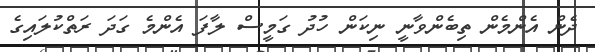
ދެން އެންމެން ތިބެންވާނީ ނިކަން ހުދު ގަމީސް ލާފަ އެންމެ ގަދަ ރަތްކުލައިގެ